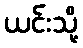
ယင်းသို့